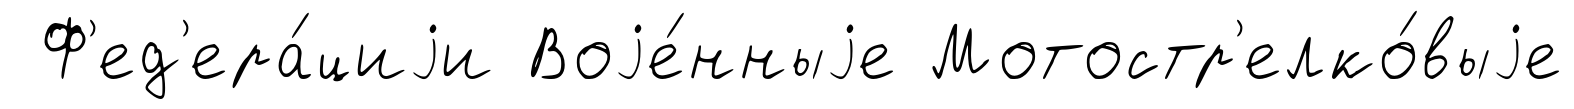
Ф'ед'ера́циjи Воjе́нныjе Мотостр'елко́выjе